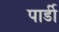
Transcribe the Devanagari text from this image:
पार्डी